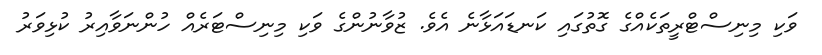
ވަކި މިނިސްޓްރީތަކެއްގެ ގޮތުގައި ކަނޑައަޅާނެ އެވެ. ޒުވާނުންގެ ވަކި މިނިސްޓަރެއް ހުންނަވާއިރު ކުޅިވަރު